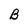
Character: B